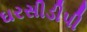
ઘરસીડીપી